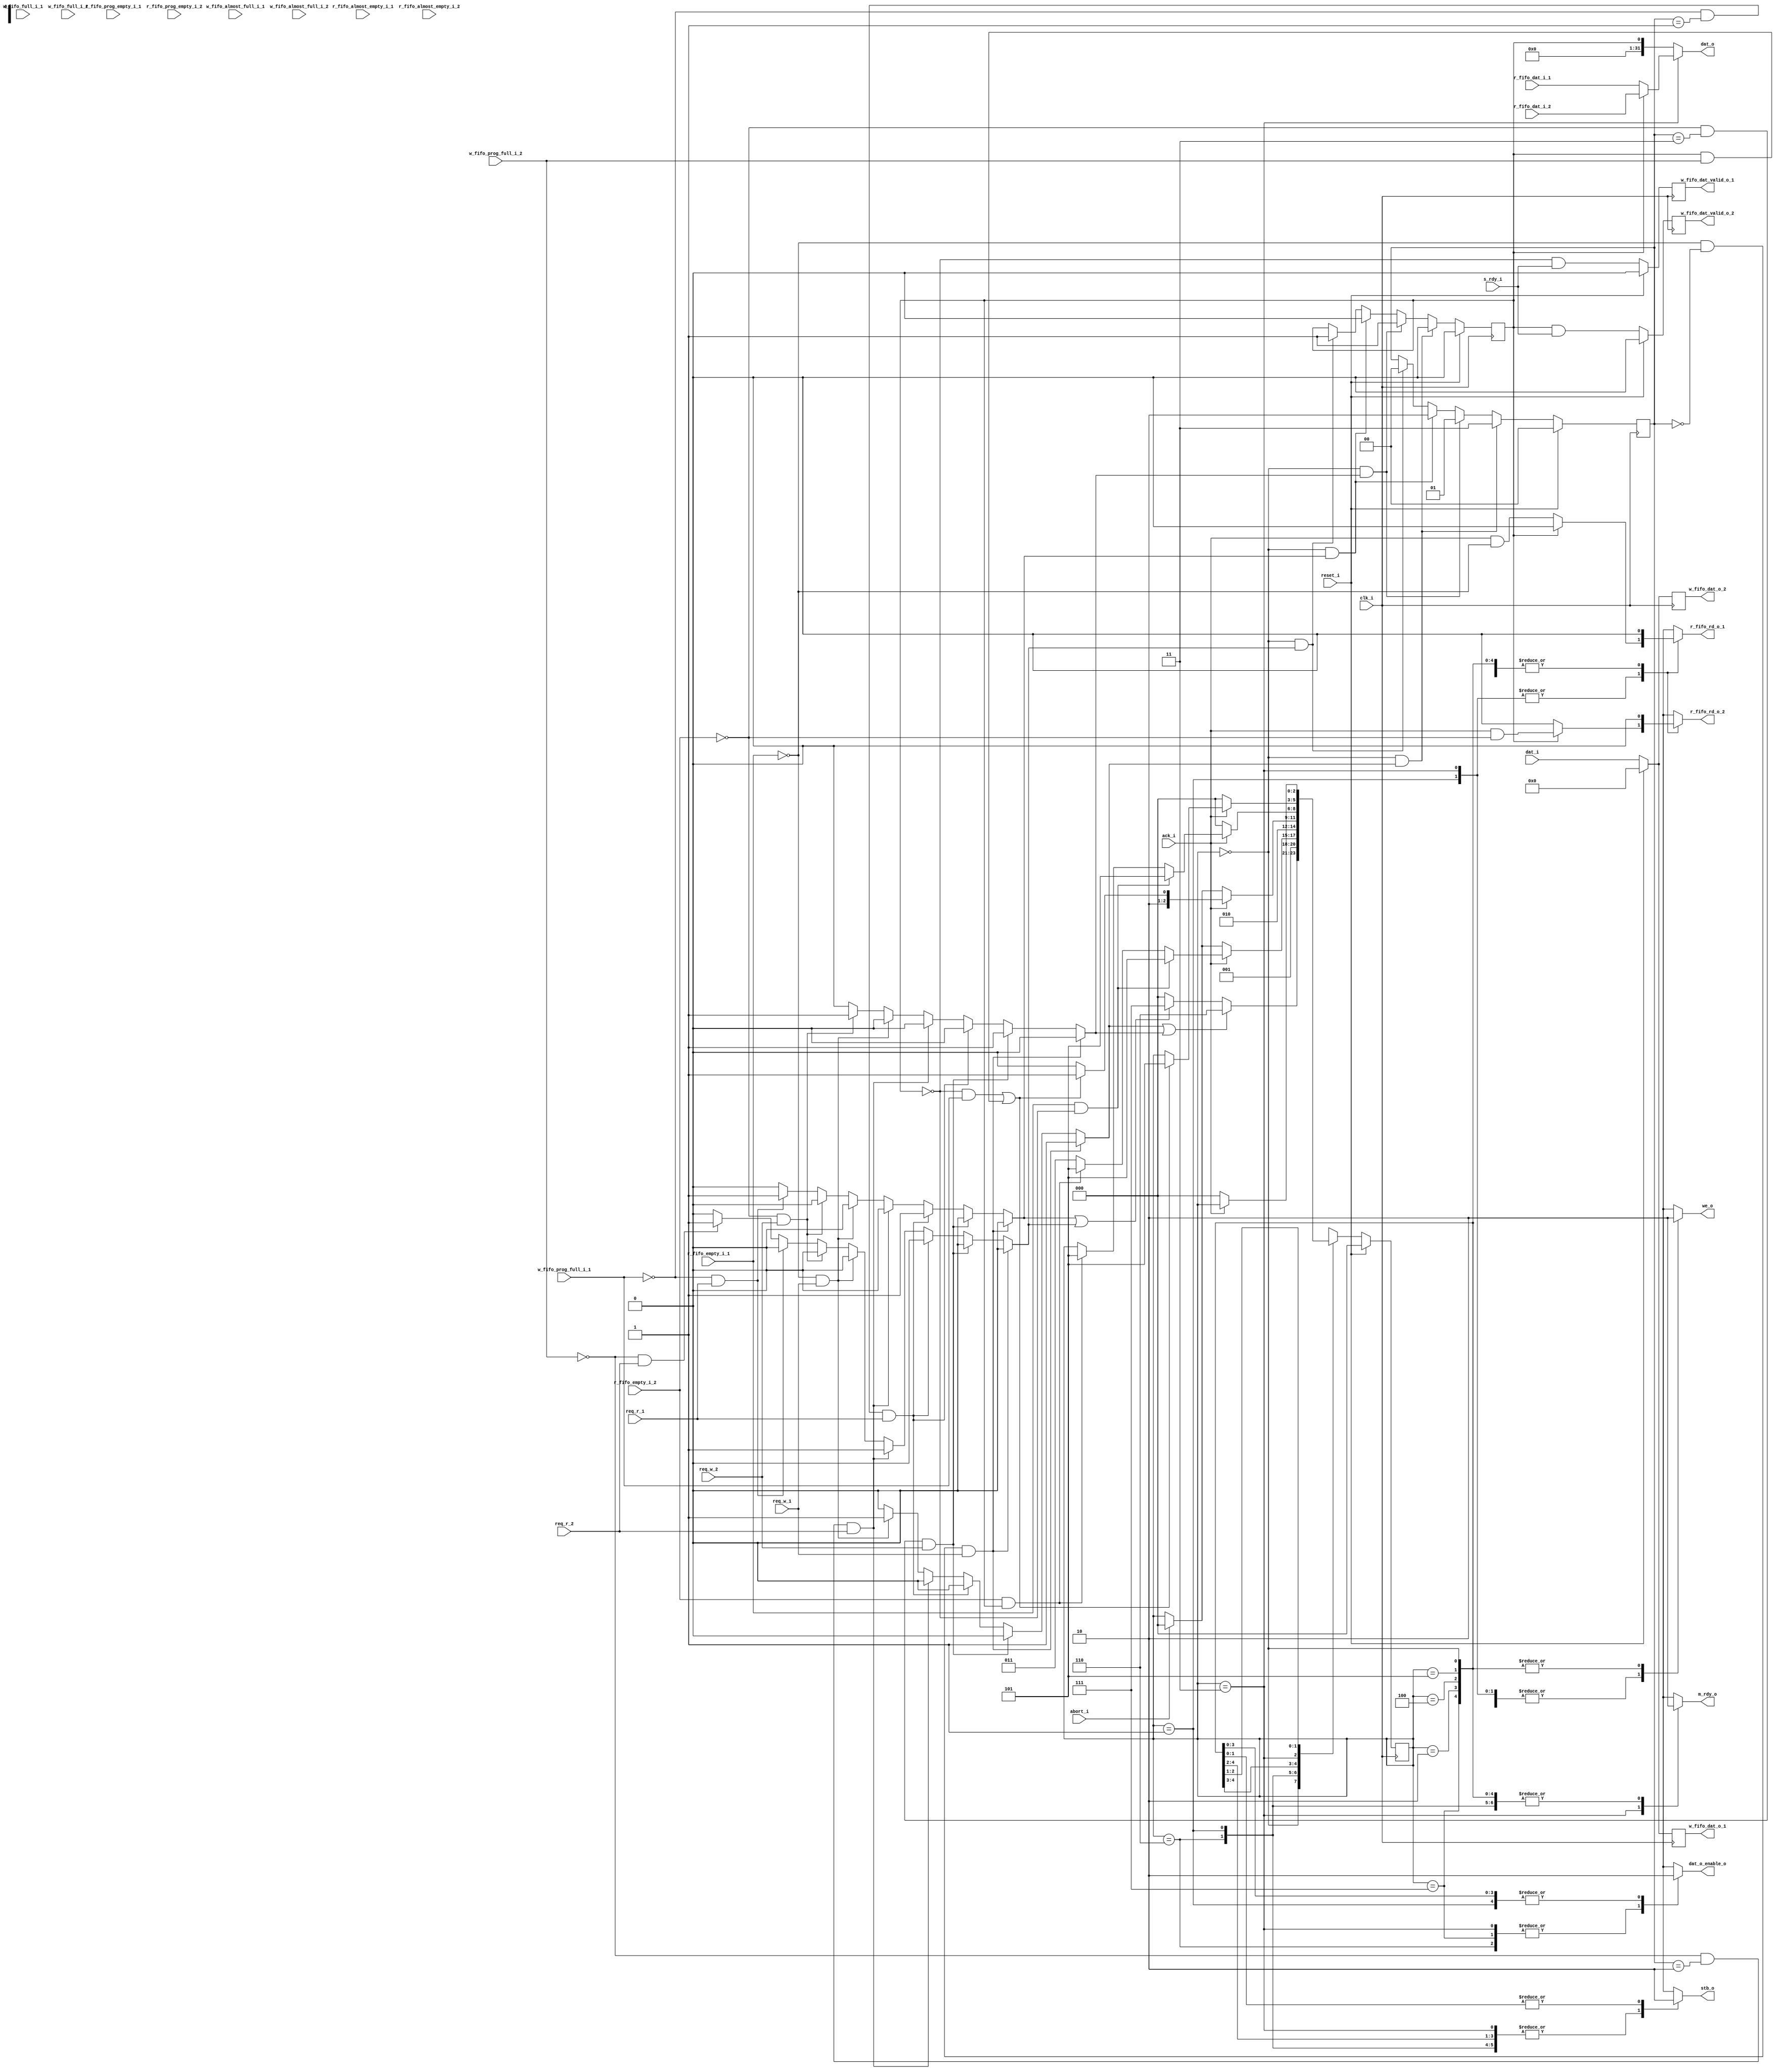
`timescale 1ns / 1ps
//////////////////////////////////////////////////////////////////////////////////
// Company: 
// Engineer: 
// 
// Design Name: 
// Module Name:    bus_master 
// Project Name: 
// Target Devices: 
// Tool versions: 
// Description: 
//
// Dependencies: 
//
// Revision: 
// Revision 0.01 - File Created
// Additional Comments: 
//
//////////////////////////////////////////////////////////////////////////////////

module bus_master(
						input clk_i,
						input reset_i,
						//bus interface
						input ack_i,
						input abort_i,
						output m_rdy_o,
						input  s_rdy_i,
						output we_o,						
						output stb_o,						
						input [31:0] dat_i,					
						output reg [31:0] dat_o,						
						output dat_o_enable_o,

						input req_w_1,
						input req_w_2,
						
						input req_r_1,
						input req_r_2,							
						//read fifo interface 1
						output r_fifo_rd_o_1,
						input [31:0] r_fifo_dat_i_1,
						input r_fifo_empty_i_1,
						input r_fifo_almost_empty_i_1,	
						input r_fifo_prog_empty_i_1,	
						//read fifo interface 2
						output r_fifo_rd_o_2,
						input [31:0] r_fifo_dat_i_2,
						input r_fifo_empty_i_2,
						input r_fifo_almost_empty_i_2,	
						input r_fifo_prog_empty_i_2,		
						//write fifo 1 interface
						output reg [31:0] w_fifo_dat_o_1,
						output reg w_fifo_dat_valid_o_1,
						input w_fifo_full_i_1,
						input w_fifo_almost_full_i_1,
						input w_fifo_prog_full_i_1,//
						//write fifo 2 interface
						output reg [31:0] w_fifo_dat_o_2,
						output reg w_fifo_dat_valid_o_2,
						input w_fifo_full_i_2,
						input w_fifo_almost_full_i_2,
						input w_fifo_prog_full_i_2//
						);

reg [2:0] state;
parameter	IDLE=3'd0,
				WRITE_REQ=3'd1,
				READ_REQ=3'd2,
				WRITE_BURST=3'd3,
				READ_BURST=3'd4,
				WAIT=3'd5,
				WRITE_REQ_ISSUE=3'd6,
				READ_REQ_ISSUE=3'd7;				
				


reg start_rd_1;
reg start_rd_2;
reg start_wr_1;
reg start_wr_2;

reg[1:0] last_done;

reg we;
reg stb;
reg m_rdy;

reg dat_o_enable;
reg r_fifo_rd_1;
reg r_fifo_rd_2;
reg r_mode;

					  
initial begin
	last_done<=2'b00;
end					 

always@(posedge clk_i) begin
	if(reset_i)
		last_done<=2'b0;
	else if(state==IDLE && start_wr_1==1'b1)
		last_done<=2'b11;//try wr_2;
	else if(state==IDLE && start_wr_2==1'b1)
		last_done<=2'b01;//try rd_1
	else if(state==IDLE && start_rd_1==1'b1)
		last_done<=2'b10;//try rd_2
	else if(state==IDLE && start_rd_2==1'b1)
		last_done<=2'b00;//try wr_1
	else
		last_done<=last_done;
end 

//priority 
always@(*) begin
	if(r_fifo_empty_i_1==1'b0 && last_done==2'b00 && req_w_1==1'b1) begin
			start_wr_1<=1'b1;
			start_wr_2<=1'b0;
			start_rd_1<=1'b0;
			start_rd_2<=1'b0;
	end else if(r_fifo_empty_i_2==1'b0 && last_done==2'b11 && req_w_2==1'b1) begin	
			start_wr_1<=1'b0;
			start_wr_2<=1'b1;
			start_rd_1<=1'b0;
			start_rd_2<=1'b0;
	end else if(w_fifo_prog_full_i_1==1'b0 && last_done==2'b01 && req_r_1==1'b1) begin
			start_wr_1<=1'b0;
			start_wr_2<=1'b0;
			start_rd_1<=1'b1;
			start_rd_2<=1'b0;
	end else if(w_fifo_prog_full_i_2==1'b0 && last_done==2'b10 && req_r_2==1'b1) begin
			start_wr_1<=1'b0;
			start_wr_2<=1'b0;
			start_rd_1<=1'b0;
			start_rd_2<=1'b1;	
	end else if(r_fifo_empty_i_1==1'b0 && req_w_1==1'b1) begin
			start_wr_1<=1'b1;
			start_wr_2<=1'b0;
			start_rd_1<=1'b0;
			start_rd_2<=1'b0;
	end else if(r_fifo_empty_i_2==1'b0 && req_w_2==1'b1) begin
			start_wr_1<=1'b0;
			start_wr_2<=1'b1;
			start_rd_1<=1'b0;
			start_rd_2<=1'b0;		
	end else if(w_fifo_prog_full_i_1==1'b0 && req_r_1==1'b1) begin
			start_wr_1<=1'b0;
			start_wr_2<=1'b0;
			start_rd_1<=1'b1;
			start_rd_2<=1'b0;
	end else if(w_fifo_prog_full_i_2==1'b0 && req_r_2==1'b1) begin
			start_wr_1<=1'b0;
			start_wr_2<=1'b0;
			start_rd_1<=1'b0;
			start_rd_2<=1'b1;
	end else begin
			start_wr_1<=1'b0;
			start_wr_2<=1'b0;
			start_rd_1<=1'b0;
			start_rd_2<=1'b0;
	end	
end					 

assign #2 r_fifo_rd_o_1=r_fifo_rd_1;	
assign #2 r_fifo_rd_o_2=r_fifo_rd_2;	

always@(*) begin
	if(state==WRITE_BURST) begin
		if(r_mode==1'b0) dat_o<=r_fifo_dat_i_1;
		else dat_o<=r_fifo_dat_i_2;
	end else
		dat_o<={31'b0,r_mode};
end					 
assign #2 dat_o_enable_o=dat_o_enable;

assign #2 we_o=we;
assign #2 stb_o=stb;
assign #2 m_rdy_o=m_rdy;

always@(posedge clk_i) begin
	if(reset_i) begin
		w_fifo_dat_o_1<=32'b0;
		w_fifo_dat_valid_o_1<=1'b0;
	end else begin
		w_fifo_dat_o_1<=dat_i;
		w_fifo_dat_valid_o_1<=(~r_mode) & s_rdy_i;
	end
end

always@(posedge clk_i) begin
	if(reset_i) begin
		w_fifo_dat_o_2<=32'b0;
		w_fifo_dat_valid_o_2<=1'b0;
	end else begin
		w_fifo_dat_o_2<=dat_i;
		w_fifo_dat_valid_o_2<=(r_mode) & s_rdy_i;
	end
end

always@(posedge clk_i) begin
	if(reset_i)
		r_mode<=1'b0;
	else if(state==IDLE && start_wr_1==1'b1)
		r_mode<=1'b0;
	else if(state==IDLE && start_wr_2==1'b1)	
		r_mode<=1'b1;
	else if(state==IDLE && start_rd_1==1'b1)
		r_mode<=1'b0;
	else if(state==IDLE && start_rd_2==1'b1)
		r_mode<=1'b1;
	else
		r_mode<=r_mode;
end

always@(*) begin
	case(state)
		IDLE: begin
					we<=1'b0;
					stb<=1'b0;
					m_rdy<=1'b0;
					dat_o_enable<=1'b0;
					r_fifo_rd_1<=1'b0;
					r_fifo_rd_2<=1'b0;
				end		
		WRITE_REQ_ISSUE: begin
		          we<=1'b1;
  						  stb<=1'b1;
     						  m_rdy<=1'b0;
						  dat_o_enable<=1'b1;
						  r_fifo_rd_1<=1'b0;
						  r_fifo_rd_2<=1'b0;
		        end		
		WRITE_REQ: begin
		        			we<=1'b1;
						stb<=1'b1;
						m_rdy<=1'b0;
						dat_o_enable<=1'b0;
						if(r_mode==1'b0) begin
							r_fifo_rd_1<=ack_i & (~r_fifo_empty_i_1);
							r_fifo_rd_2<=1'b0;
						end else begin
							r_fifo_rd_1<=1'b0;
							r_fifo_rd_2<=ack_i & (~r_fifo_empty_i_2);
						end
							
            end	       		 
    READ_REQ_ISSUE: begin
              we<=1'b0;
  						  stb<=1'b1;
     						  m_rdy<=1'b0;
						  dat_o_enable<=1'b1;
						  r_fifo_rd_1<=1'b0;
						  r_fifo_rd_2<=1'b0;
            end         
		READ_REQ: begin
						we<=1'b0;
						stb<=1'b1;
						m_rdy<=1'b0;
						dat_o_enable<=1'b0;
						r_fifo_rd_1<=1'b0;
						r_fifo_rd_2<=1'b0;
					 end
		WRITE_BURST: begin
							we<=1'b1;
							stb<=1'b1;
							m_rdy<=1'b1;
							dat_o_enable<=1'b1;
							if(r_mode==1'b0) begin
								r_fifo_rd_1<=ack_i & (~r_fifo_empty_i_1);
								r_fifo_rd_2<=1'b0;
							end else begin
								r_fifo_rd_1<=1'b0;
								r_fifo_rd_2<=ack_i & (~r_fifo_empty_i_2);
							end							
						 end
		READ_BURST: begin
							we<=1'b0;
							stb<=1'b1;
							m_rdy<=1'b0;
							dat_o_enable<=1'b0;
							r_fifo_rd_1<=1'b0;
							r_fifo_rd_2<=1'b0;
						end
		WAIT: begin
					we<=1'b0;
					stb<=1'b0;
					m_rdy<=1'b0;
					dat_o_enable<=1'b0;
					r_fifo_rd_1<=1'b0;
					r_fifo_rd_2<=1'b0;
		      end
		default: begin
					we<=1'b0;
					stb<=1'b0;
					m_rdy<=1'b0;
					dat_o_enable<=1'b0;
					r_fifo_rd_1<=1'b0;
					r_fifo_rd_2<=1'b0;
			 end	
	endcase
end

always@(posedge clk_i) begin
	if(reset_i)
		state<=IDLE;
	else begin
		case(state)
						IDLE: begin
									if(start_wr_1|start_wr_2) state<=WRITE_REQ_ISSUE;
									else if(start_rd_1|start_rd_2) state<=READ_REQ_ISSUE;
									else state<=IDLE;
								end						
						WRITE_REQ_ISSUE: state<=WRITE_REQ;
						WRITE_REQ: begin 
											if(ack_i==1'b1) begin
												if(r_fifo_empty_i_1==1'b1 && r_mode==1'b0) state<=WAIT;
												else if(r_fifo_empty_i_2==1'b1 && r_mode==1'b1) state<=WAIT;
												else state<=WRITE_BURST;
											end 
											else if(abort_i==1'b1) state<=IDLE;
											else state<=state;
									  end 									  
						READ_REQ_ISSUE: state<=READ_REQ;			  
						READ_REQ: begin
											if(ack_i==1'b1) begin
												if((r_mode==1'b0 && w_fifo_prog_full_i_1==1'b1)||
												   (r_mode==1'b1 && w_fifo_prog_full_i_2==1'b1)) state<=WAIT;
												else state<=READ_BURST;													
											end 
											else if(abort_i==1'b1) state<=IDLE;
											else state<=state;
									 end												
						WRITE_BURST: begin
												if(ack_i==1'b0) state<=IDLE; 
												else if(r_fifo_empty_i_1==1'b1 && r_mode==1'b0) state<=WAIT;
												else if(r_fifo_empty_i_2==1'b1 && r_mode==1'b1) state<=WAIT;
												else state<=state;
										 end
						READ_BURST: begin
												if(ack_i==1'b0) state<=IDLE; 
												else if((r_mode==1'b0 && w_fifo_prog_full_i_1==1'b1)||
												        (r_mode==1'b1 && w_fifo_prog_full_i_2==1'b1) ) state<=WAIT;
												else state<=state;
										end						
						WAIT: begin
							if(ack_i==1'b0) state<=IDLE;
							else state<=state;
						      end
						default: state<=IDLE;				
		endcase
	end
end
						
endmodule